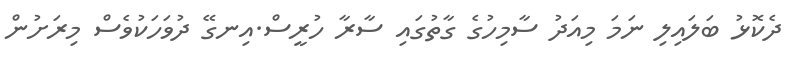
ދެކޮޅު ބަލައިލި ނަމަ މިއަދު ސާމިހުގެ ގާތުގައި ސާރާ ހުރީސް.އިނގޭ ދުވަހަކުވެސް މިރަށުން